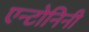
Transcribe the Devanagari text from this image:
एन्टोनिनी